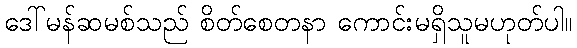
ဒေါ်မန်ဆမစ်သည် စိတ်စေတနာ ကောင်းမရှိသူမဟုတ်ပါ။